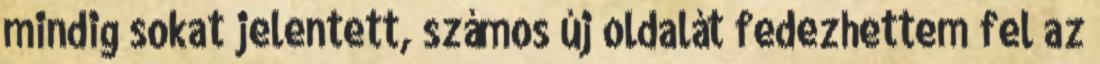
mindig sokat jelentett, számos új oldalát fedezhettem fel az